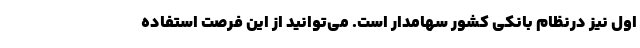
اول نیز درنظام بانکی کشور سهامدار است. می‌توانید از این فرصت استفاده